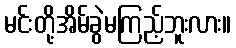
မင်းတို့အိမ်ခွဲမကြည့်ဘူးလား။